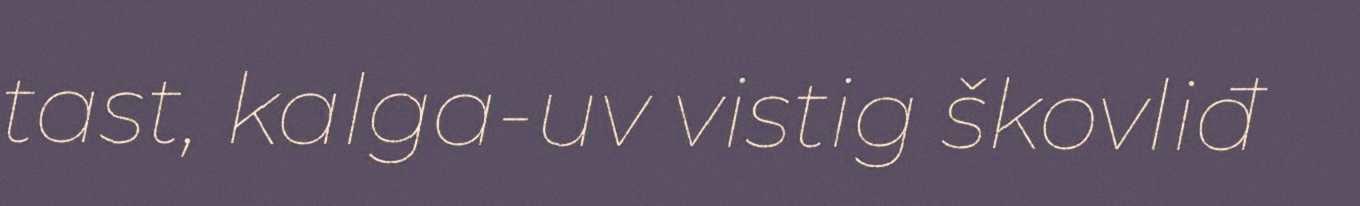
tast, kalga-uv vistig škovliđ